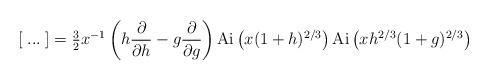
LaTeX: \begin{align*}\left[\; ...\;\right]=\textstyle{3\over 2}\displaystyle x^{-1}\left(h{\partial\over\partial h}- g{\partial\over\partial g}\right){\rm Ai}\left(x(1+h)^{2/3}\right){\rm Ai}\left(xh^{2/3}(1+g)^{2/3}\right) \end{align*}